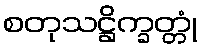
စတုသဋ္ဌိက္ခတ္တုံ